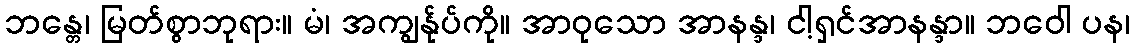
ဘန္တေ၊ မြတ်စွာဘုရား။ မံ၊ အကျွန်ုပ်ကို။ အာဝုသော အာနန္ဒ၊ ငါ့ရှင်အာနန္ဒာ။ ဘဝေါ ပန၊